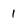
Character: 1